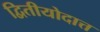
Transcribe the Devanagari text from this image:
द्वितीयोदात्त